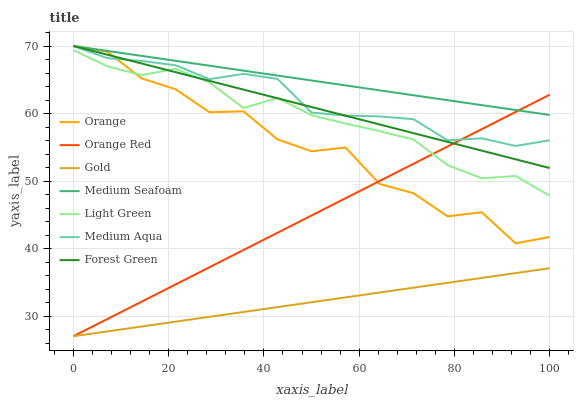
| xaxis_label | Orange | Orange Red | Gold | Medium Seafoam | Light Green | Medium Aqua | Forest Green |
 | --- | --- | --- | --- | --- | --- | --- | --- |
 | 0 | 70 | 27 | 27 | 70 | 69.4 | 70 | 70 |
 | 7.14 | 69.2 | 29.6 | 27.7 | 69.3 | 67 | 68.2 | 68.7 |
 | 14.3 | 65.2 | 32.1 | 28.4 | 68.5 | 65.7 | 67.8 | 67.4 |
 | 21.4 | 63.6 | 34.7 | 29.2 | 67.8 | 66.6 | 67.2 | 66.1 |
 | 28.6 | 60.2 | 37.2 | 29.9 | 67.1 | 64.6 | 65.1 | 64.8 |
 | 35.7 | 60.3 | 39.8 | 30.6 | 66.4 | 60.8 | 65.9 | 63.5 |
 | 42.9 | 56.2 | 42.3 | 31.3 | 65.6 | 62.3 | 65.1 | 62.3 |
 | 50 | 54.4 | 44.9 | 32 | 64.9 | 59.7 | 60.1 | 61 |
 | 57.1 | 55 | 47.4 | 32.8 | 64.2 | 58.5 | 59.7 | 59.7 |
 | 64.3 | 49.6 | 50 | 33.5 | 63.4 | 57.4 | 59.6 | 58.4 |
 | 71.4 | 48.2 | 52.6 | 34.2 | 62.7 | 56.1 | 59.2 | 57.1 |
 | 78.6 | 44.8 | 55.1 | 34.9 | 62 | 52.4 | 56 | 55.8 |
 | 85.7 | 45.4 | 57.7 | 35.6 | 61.2 | 50.4 | 56.3 | 54.5 |
 | 92.9 | 40.8 | 60.2 | 36.4 | 60.5 | 50.7 | 55.2 | 53.2 |
 | 100 | 41.7 | 62.8 | 37.1 | 59.8 | 47.8 | 56 | 51.9 |